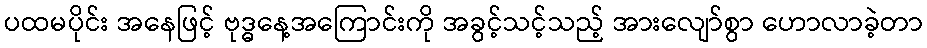
ပထမပိုင်း အနေဖြင့် ဗုဒ္ဓနေ့အကြောင်းကို အခွင့်သင့်သည့် အားလျော်စွာ ဟောလာခဲ့တာ